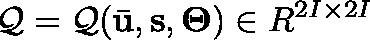
\mathcal { Q } = \mathcal { Q } ( \bar { \mathbf { u } } , \mathbf { s } , \mathbf { \Theta } ) \in \mathbb { R } ^ { 2 I \times 2 I }